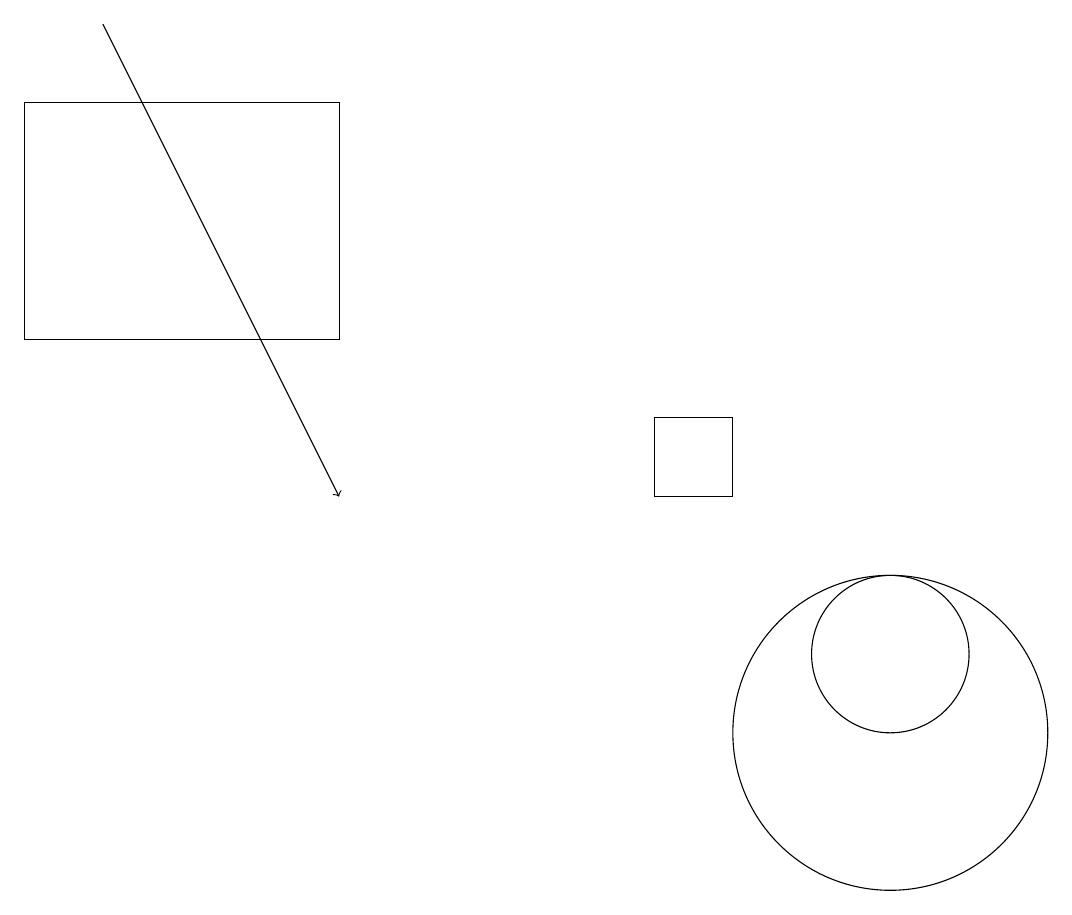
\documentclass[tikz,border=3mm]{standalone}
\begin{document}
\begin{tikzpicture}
\draw (8,13) rectangle (9,14);
\draw (11,11) circle (1);
\draw (11,10) circle (2);
\draw[->] (1,19) -- (4,13);
\draw (0,18) rectangle (4,15);
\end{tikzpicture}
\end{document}